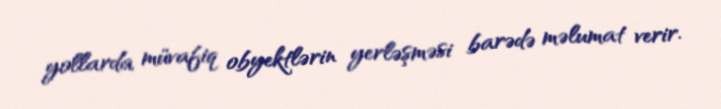
yollarda müvafiq obyektlərin yerləşməsi barədə məlumat verir.